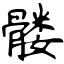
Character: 髅